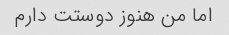
اما من هنوز دوستت دارم